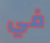
في